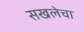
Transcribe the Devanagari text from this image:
सखलेचा